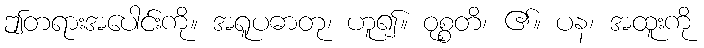
ဤတရားအပေါင်းကို။ အရူပဓာတု၊ ဟူ၍။ ဝုစ္စတိ၊ ၏။ ပန၊ အထူးကို